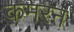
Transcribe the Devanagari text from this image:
कमरन